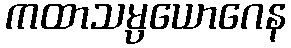
ကထာသမ္ပယောဂေန